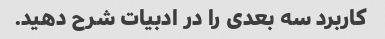
کاربرد سه بعدی را در ادبیات شرح دهید.